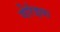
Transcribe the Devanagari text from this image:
गोर्रइया